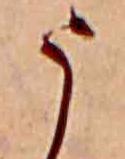
う